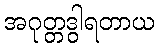
အဂုတ္တဒွါရတာယ